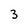
Character: 3